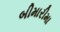
બીમારીમા